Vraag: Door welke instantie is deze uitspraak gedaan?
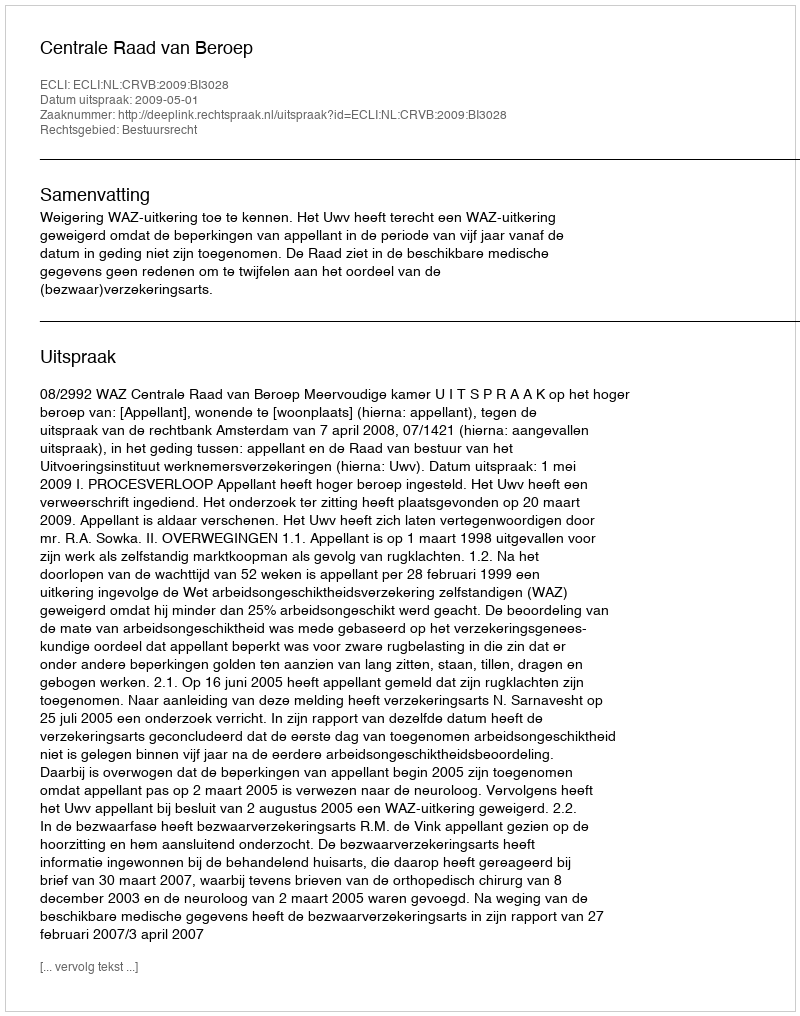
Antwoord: Centrale Raad van Beroep